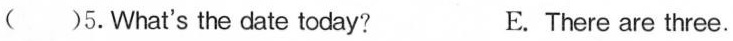
( )5.What's the date today? E. There are three.